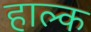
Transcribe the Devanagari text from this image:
हाल्क